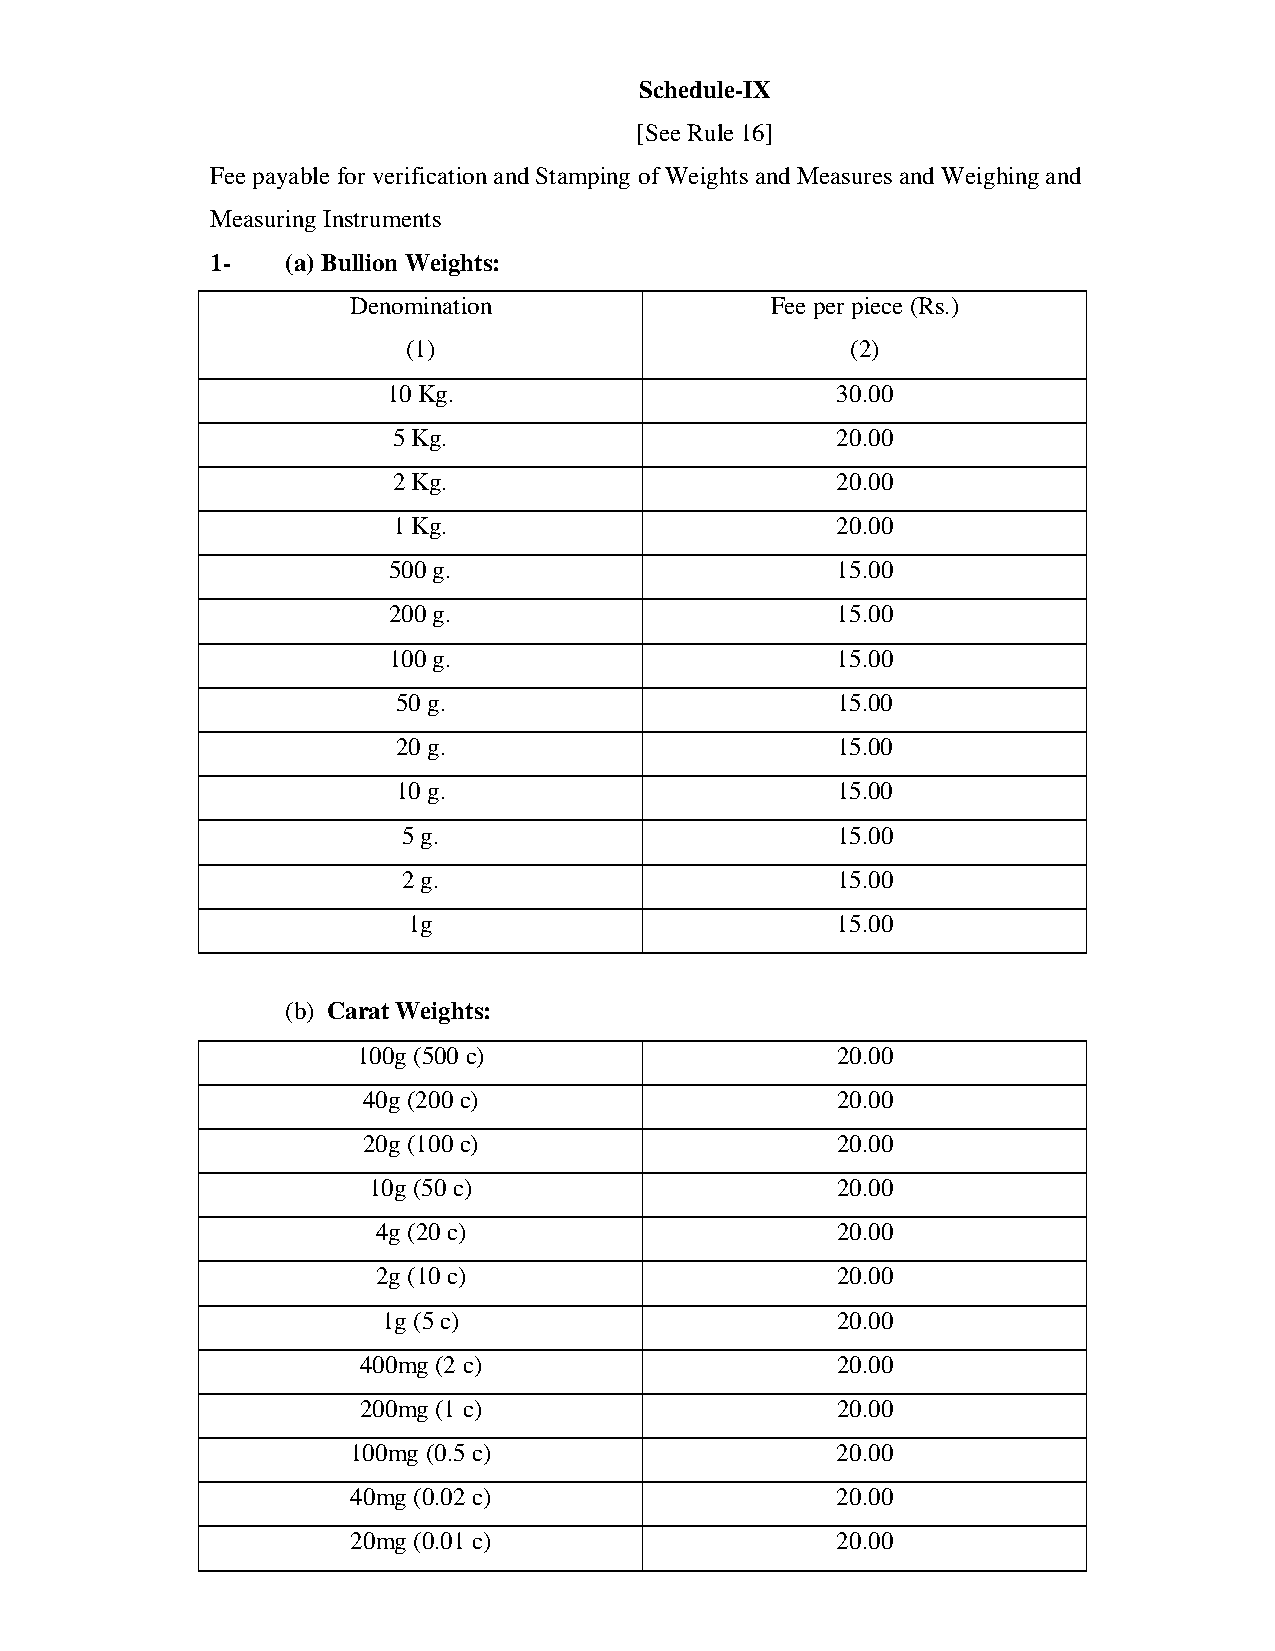
Schedule-IX
 [See Rule 16]
 Fee payable for verification and Stamping of Weights and Measures and Weighing and
 Measuring Instruments
 1-   (a) Bullion Weights:
 Denomination                Fee per piece (Rs.)
 (1)                          (2)
 10 Kg.                       30.00
 5 Kg.                        20.00
 2 Kg.                        20.00
 1 Kg.                        20.00
 500 g.                       15.00
 200 g.                       15.00
 100 g.                       15.00
 50 g.                        15.00
 20 g.                        15.00
 10 g.                        15.00
 5 g.                        15.00
 2 g.                        15.00
 1g                          15.00
 (b) Carat Weights:
 100g (500 c)                   20.00
 40g (200 c)                    20.00
 20g (100 c)                    20.00
 10g (50 c)                     20.00
 4g (20 c)                     20.00
 2g (10 c)                     20.00
 1g (5 c)                      20.00
 400mg (2 c)                    20.00
 200mg (1 c)                    20.00
 100mg (0.5 c)                   20.00
 40mg (0.02 c)                   20.00
 20mg (0.01 c)                   20.00